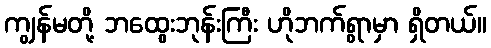
ကျွန်မတို့ ဘထွေးဘုန်းကြီး ဟိုဘက်ရွာမှာ ရှိတယ်။